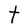
Character: t